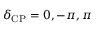
\delta _ { \mathrm { C P } } = 0 , - \pi , \pi